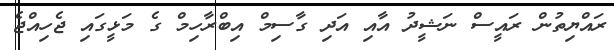
ރައްޔިތުން ރައީސް ނަޝީދު އާއި އަދި ގާސިމް އިބްރާހިމް ގެ މަޅީގައި ޖެހިއްޖެ